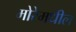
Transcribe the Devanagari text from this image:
मोरेमधील